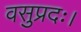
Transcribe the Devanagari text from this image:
वसुप्रदः।